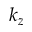
k _ { z }